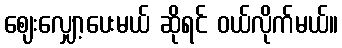
ဈေးလျှော့ပေးမယ် ဆိုရင် ဝယ်လိုက်မယ်။